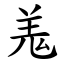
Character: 羗